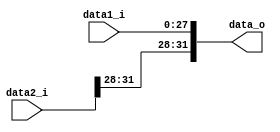
module Jump
(
	data1_i,
	data2_i,
	data_o
);

input 	[27:0] 	data1_i;
input   [31:0]	data2_i;
output 	[31:0] 	data_o;

assign data_o[31:28] = data2_i[31:28];
assign data_o[27:0]  = data1_i;

endmodule